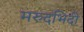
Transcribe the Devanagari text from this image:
मरुदभिदी